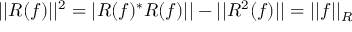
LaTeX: | | R ( f ) | | ^ { 2 } = | R ( f ) ^ { \ast } R ( f ) | | - | | R ^ { 2 } ( f ) | | = | | f | | _ { R }